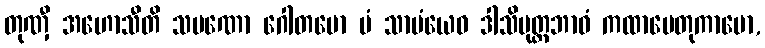
တုဏှီ အဟောသီတိ သမဏော ဂေါတမော မံ သာမံယေဝ ဒါသိပုတ္တဘာဝံ ကထာပေတုကာမော,